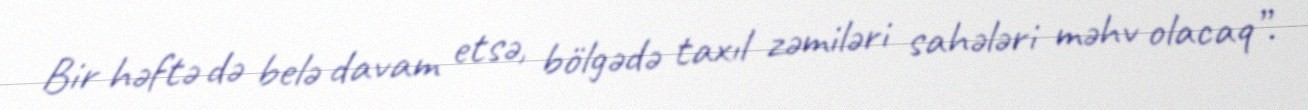
Bir həftə də belə davam etsə, bölgədə taxıl zəmiləri sahələri məhv olacaq”.